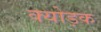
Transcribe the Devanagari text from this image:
क्योड़क